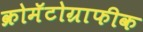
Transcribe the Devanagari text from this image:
क्रोमॅटोग्राफीक